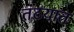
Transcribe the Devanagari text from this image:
तंटयात